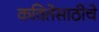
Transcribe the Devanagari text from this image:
कवितेसाठीचे